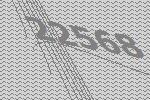
22568